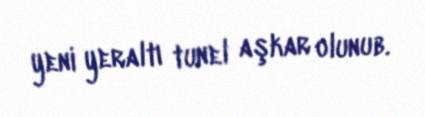
yeni yeraltı tunel aşkar olunub.